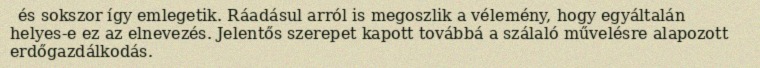
és sokszor így emlegetik. Ráadásul arról is megoszlik a vélemény, hogy egyáltalán helyes-e ez az elnevezés. Jelentős szerepet kapott továbbá a szálaló művelésre alapozott erdőgazdálkodás.